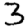
Digit: 3